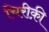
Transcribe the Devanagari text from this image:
चिरीक़ी